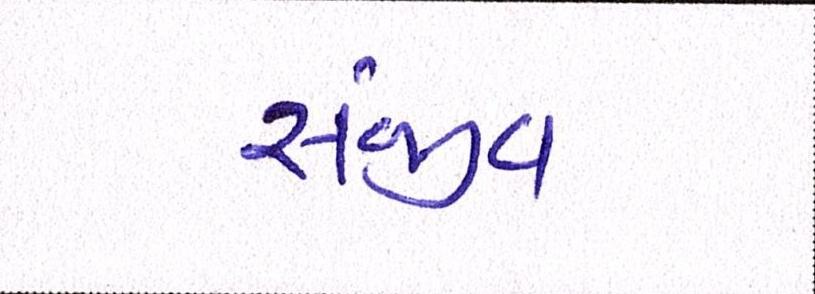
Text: સંજીવ